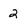
Character: 2